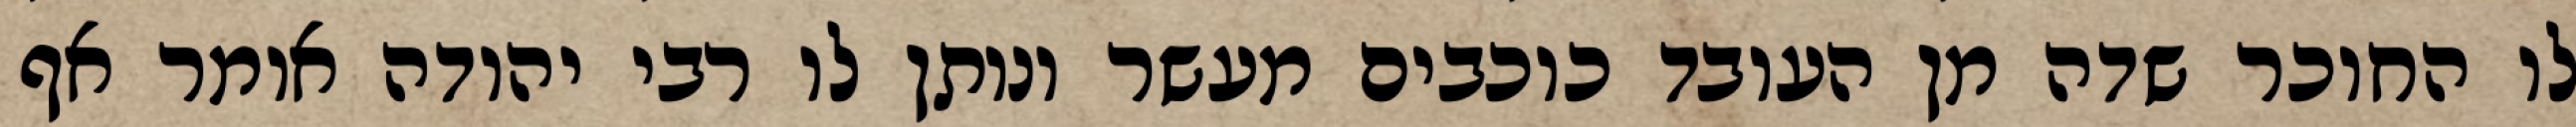
לו החוכר שדה מן העובד כוכבים מעשר ונותן לו רבי יהודה אומר אף